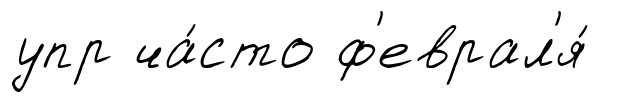
упр ча́сто ф'еврал'я́